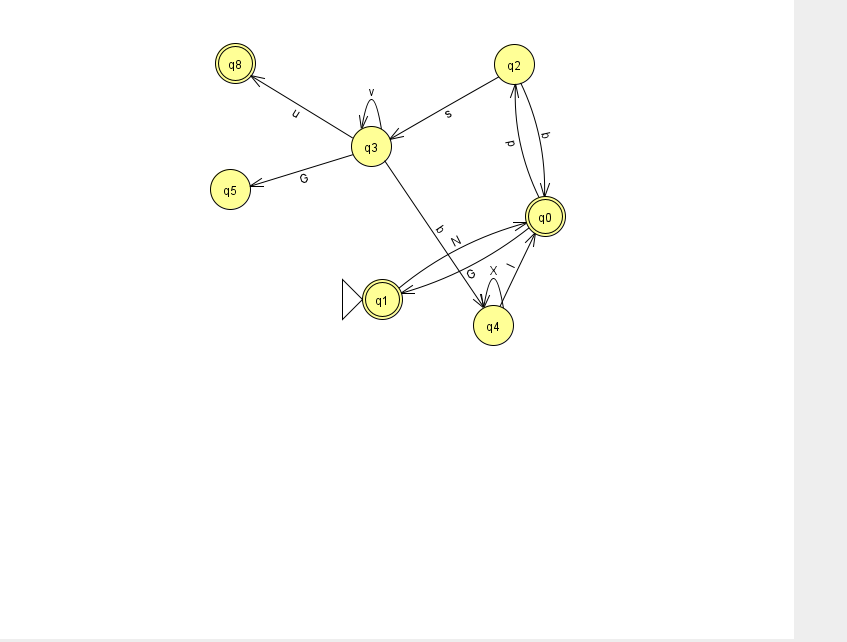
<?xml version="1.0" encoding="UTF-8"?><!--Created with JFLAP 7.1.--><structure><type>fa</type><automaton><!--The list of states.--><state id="0" name="q0"><x>545.0</x><y>203.0</y><final/></state><state id="1" name="q1"><x>382.0</x><y>286.0</y><initial/><final/></state><state id="2" name="q2"><x>514.0</x><y>51.0</y></state><state id="3" name="q3"><x>371.0</x><y>133.0</y></state><state id="4" name="q4"><x>493.0</x><y>312.0</y></state><state id="5" name="q5"><x>230.0</x><y>176.0</y></state><state id="8" name="q8"><x>235.0</x><y>50.0</y><final/></state><!--The list of transitions.--><transition><from>1</from><to>0</to><read>N</read></transition><transition><from>3</from><to>5</to><read>G</read></transition><transition><from>3</from><to>3</to><read>v</read></transition><transition><from>4</from><to>0</to><read>I</read></transition><transition><from>0</from><to>1</to><read>G</read></transition><transition><from>3</from><to>4</to><read>b</read></transition><transition><from>3</from><to>8</to><read>u</read></transition><transition><from>4</from><to>4</to><read>X</read></transition><transition><from>2</from><to>3</to><read>s</read></transition><transition><from>2</from><to>0</to><read>b</read></transition><transition><from>0</from><to>2</to><read>p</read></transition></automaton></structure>